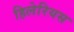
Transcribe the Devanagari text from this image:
हिलेरियस